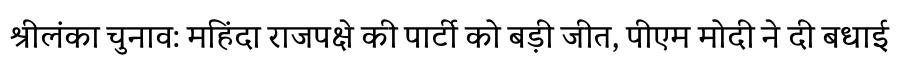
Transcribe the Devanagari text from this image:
श्रीलंका चुनाव: महिंदा राजपक्षे की पार्टी को बड़ी जीत, पीएम मोदी ने दी बधाई